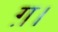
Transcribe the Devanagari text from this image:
ग़।